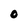
Character: O